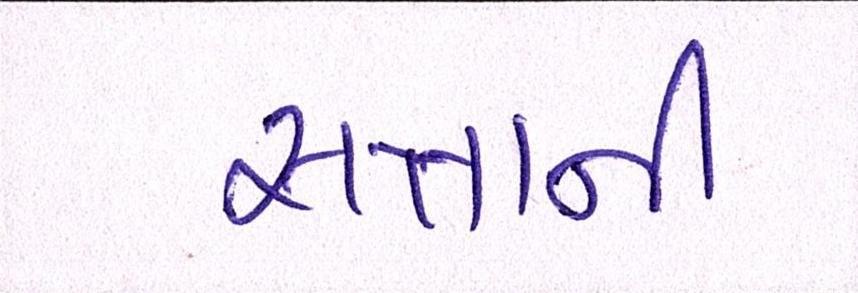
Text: સત્તાની